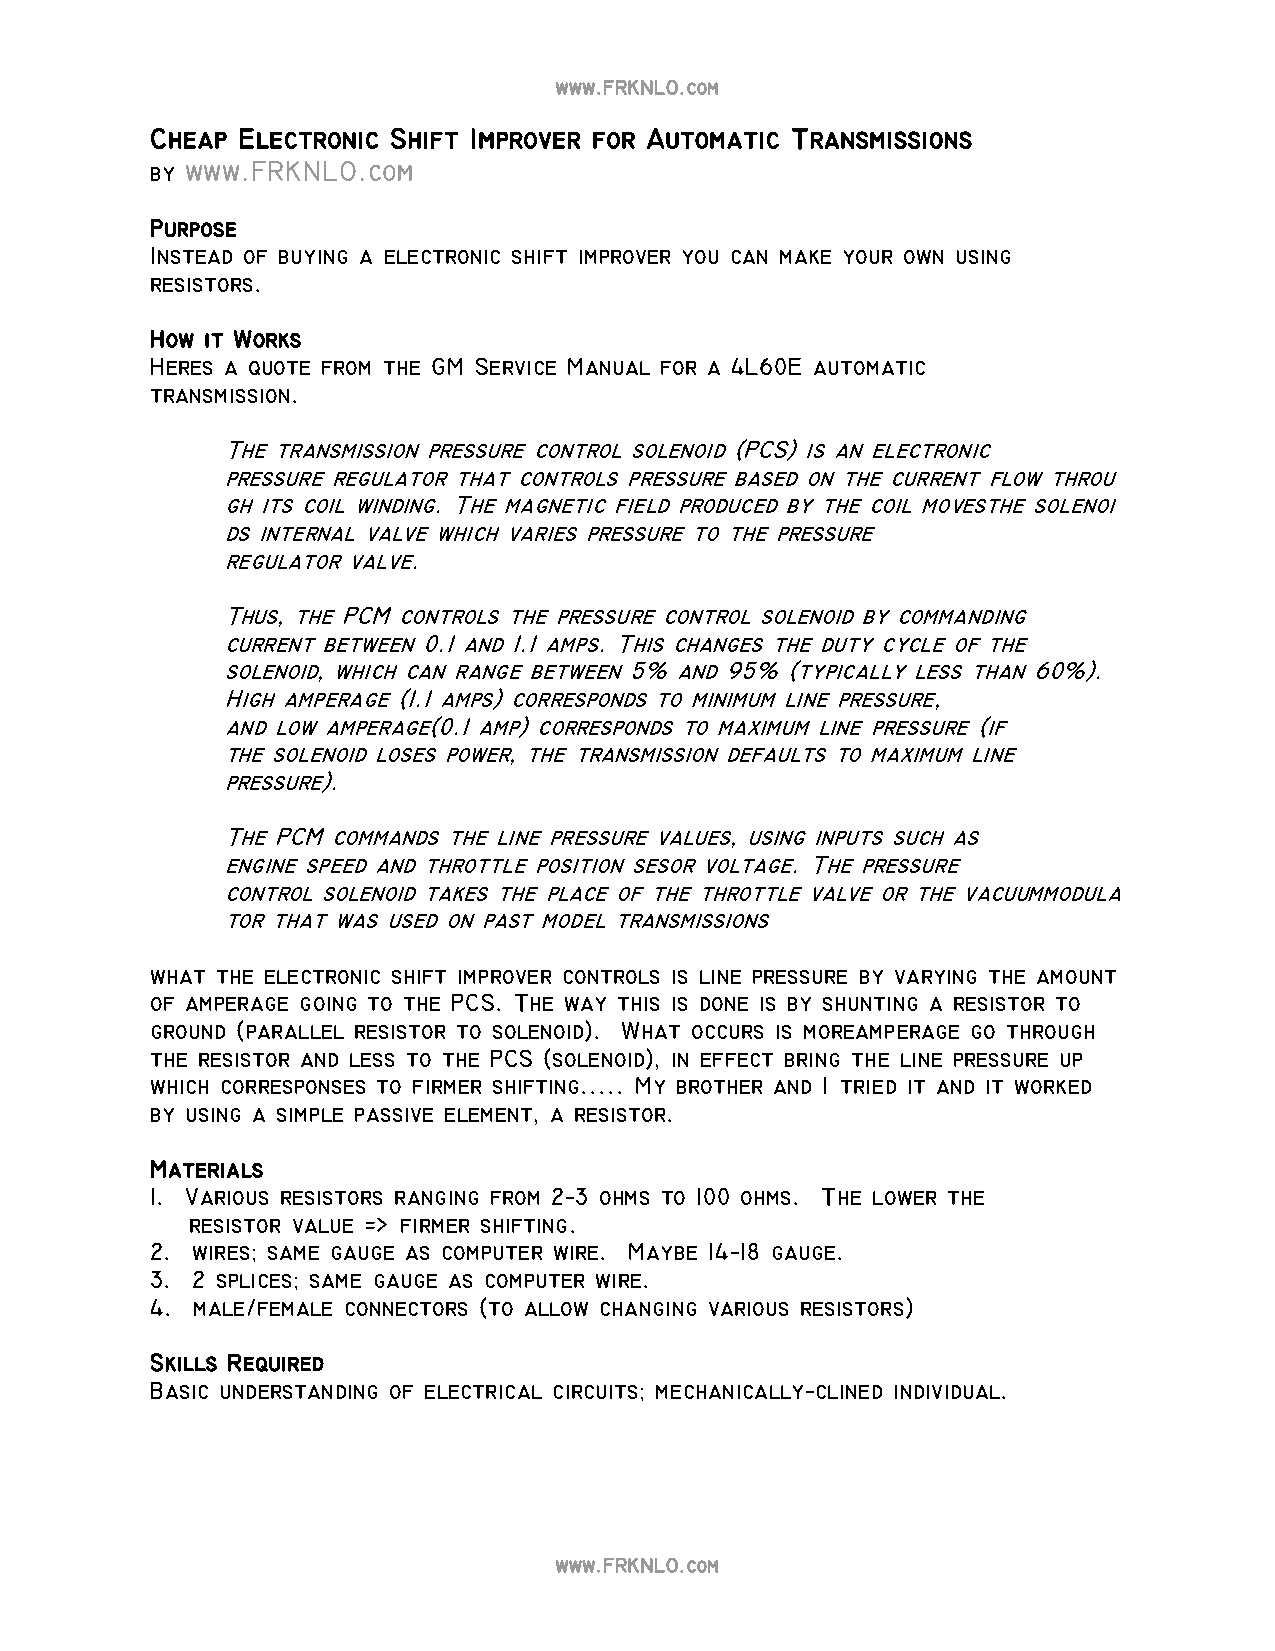
www.FRKNLO.com
 Cheap Electronic Shift Improver for Automatic Transmissions
 by www.FRKNLO.com
 Purpose
 Instead of buying a electronic shift improver you can make your own using
 resistors.
 How it Works
 Heres a quote from the GM Service Manual for a 4L60E automatic
 transmission.
 The transmission pressure control solenoid (PCS) is an electronic
 pressure regulator that controls pressure based on the current flow throu
 gh its coil winding. The magnetic field produced by the coil movesthe solenoi
 ds internal valve which varies pressure to the pressure
 regulator valve.
 Thus, the PCM controls the pressure control solenoid by commanding
 current between 0.1 and 1.1 amps. This changes the duty cycle of the
 solenoid, which can range between 5% and 95% (typically less than 60%).
 High amperage (1.1 amps) corresponds to minimum line pressure,
 and low amperage(0.1 amp) corresponds to maximum line pressure (if
 the solenoid loses power, the transmission defaults to maximum line
 pressure).
 The PCM commands the line pressure values, using inputs such as
 engine speed and throttle position sesor voltage. The pressure
 control solenoid takes the place of the throttle valve or the vacuummodula
 tor that was used on past model transmissions
 what the electronic shift improver controls is line pressure by varying the amount
 of amperage going to the PCS. The way this is done is by shunting a resistor to
 ground (parallel resistor to solenoid). What occurs is moreamperage go through
 the resistor and less to the PCS (solenoid), in effect bring the line pressure up
 which corresponses to firmer shifting..... My brother and I tried it and it worked
 by using a simple passive element, a resistor.
 Materials
 1. Various resistors ranging from 2−3 ohms to 100 ohms. The lower the
 resistor value => firmer shifting.
 2. wires; same gauge as computer wire. Maybe 14−18 gauge.
 3. 2 splices; same gauge as computer wire.
 4. male/female connectors (to allow changing various resistors)
 Skills Required
 Basic understanding of electrical circuits; mechanically−clined individual.
 www.FRKNLO.com